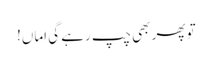
تو پھر بھی چپ رہے گی اماں!